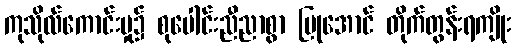
ကုသိုလ်ကောင်းမှု၌ စုပေါင်းညီညာစွာ ပြုအောင် တိုက်တွန်းရကျိုး